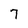
Character: 7